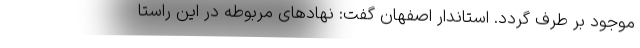
موجود بر طرف گردد. استاندار اصفهان گفت: نهادهای مربوطه در این راستا